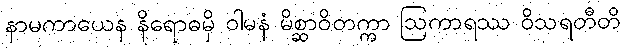
နာမကာယေန နိရောဓမှိ ဝါမနံ မိစ္ဆာဝိတက္ကာ ဩကာရဿ ဝိသရတီတိ